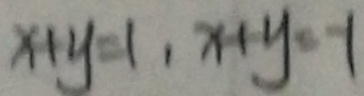
x + y = 1 , x + y = - 1